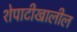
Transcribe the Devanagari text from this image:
शेपाटीखालील